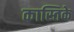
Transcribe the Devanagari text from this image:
कास्तिके